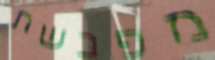
מפבשת